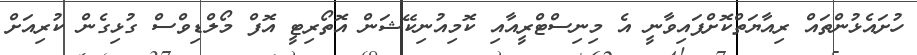
ހުށައެޅުންތައް ރިއާޔަތްކޮށްފައިވާނީ އެ މިނިސްޓްރީއާއި ކޮމިއުނިކޭޝަން އޮތޯރިޓީ އޮފް މޯލްޑިވްސް ގުޅިގެން ކުރިއަށް